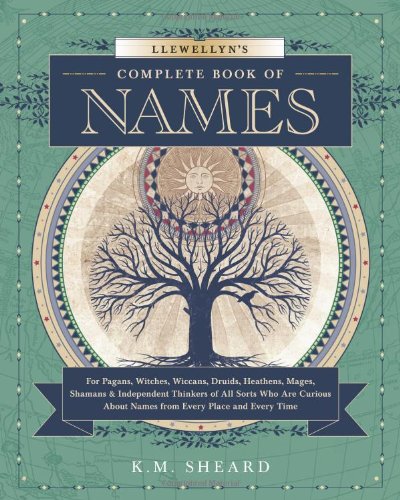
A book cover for Llewellyn's Complete Book of Names: For Pagans, Witches, Wiccans, Druids, Heathens, Mages, Shamans & Independent Thinkers of All Sorts (Llewellyn's Complete Book Series); K.M. Sheard; Religion & Spirituality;